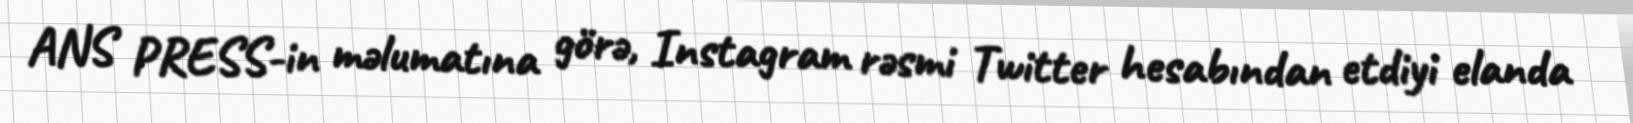
ANS PRESS-in məlumatına görə, Instagram rəsmi Twitter hesabından etdiyi elanda